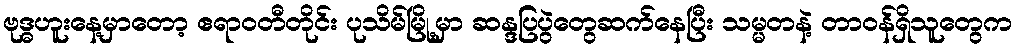
ဗုဒ္ဓဟူးနေ့မှာတော့ ဧရာဝတီတိုင်း ပုသိမ်မြို့မှာ ဆန္ဒပြပွဲတွေဆက်နေပြီး သမ္မတနဲ့ တာဝန်ရှိသူတွေက